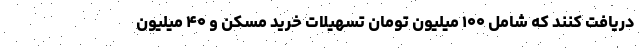
دریافت کنند که شامل ۱۰۰ میلیون تومان تسهیلات خرید مسکن و ۴۰ میلیون